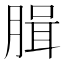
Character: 䐕